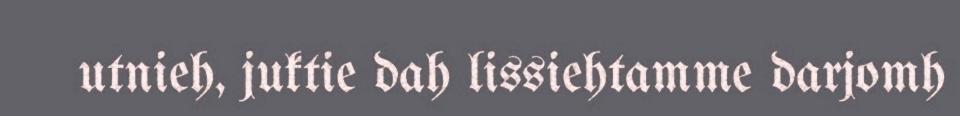
utnieh, juktie dah lissiehtamme darjomh